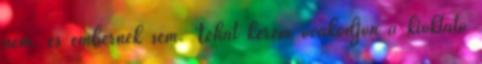
nem. és embernek sem. Tehát kérem óvakodjon a kioktató